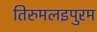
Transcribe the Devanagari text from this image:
तिरुमलइपुरम